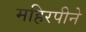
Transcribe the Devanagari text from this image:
महिरपीने